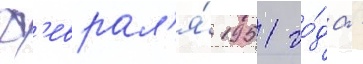
ф'еврал'я́ 1951 го́да -